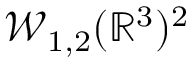
\mathcal { W } _ { 1 , 2 } ( \mathbb { R } ^ { 3 } ) ^ { 2 }